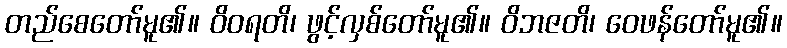
တည်စေတော်မူ၏။ ဝိဝရတိ၊ ဖွင့်လှစ်တော်မူ၏။ ဝိဘဇတိ၊ ဝေဖန်တော်မူ၏။